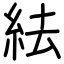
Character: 紶